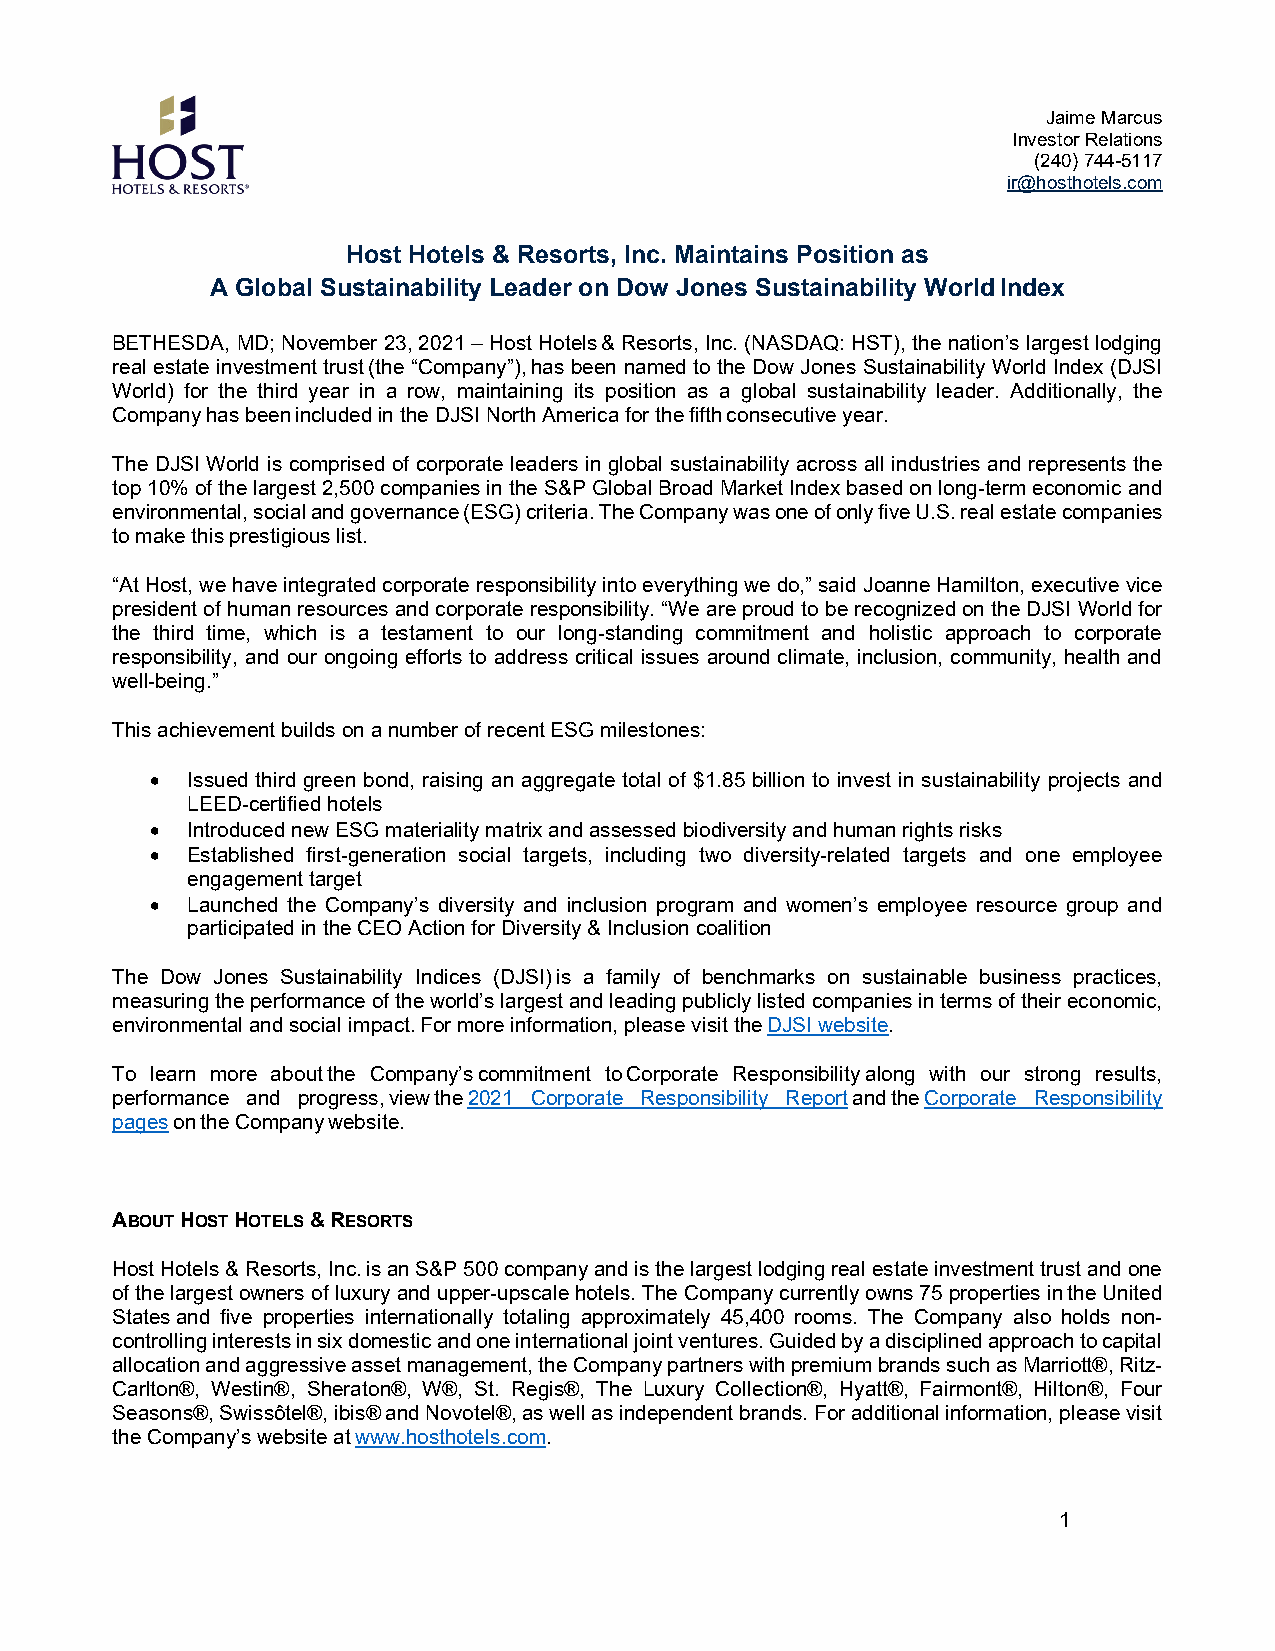
Jaime Marcus
 Investor Relations
 (240) 744-5117
 ir@hosthotels.com
 Host Hotels & Resorts, Inc. Maintains Position as
 A Global Sustainability Leader on Dow Jones Sustainability World Index
 BETHESDA, MD; November 23, 2021 – Host Hotels & Resorts, Inc. (NASDAQ: HST), the nation’s largest lodging
 real estate investment trust (the “Company”), has been named to the Dow Jones Sustainability World Index (DJSI
 World) for the third year in a row, maintaining its position as a global sustainability leader. Additionally, the
 Company has been included in the DJSI North America for the fifth consecutive year.
 The DJSI World is comprised of corporate leaders in global sustainability across all industries and represents the
 top 10% of the largest 2,500 companies in the S&P Global Broad Market Index based on long-term economic and
 environmental, social and governance (ESG) criteria. The Company was one of only five U.S. real estate companies
 to make this prestigious list.
 “At Host, we have integrated corporate responsibility into everything we do,” said Joanne Hamilton, executive vice
 president of human resources and corporate responsibility. “We are proud to be recognized on the DJSI World for
 the third time, which is a testament to our long-standing commitment and holistic approach to corporate
 responsibility, and our ongoing efforts to address critical issues around climate, inclusion, community, health and
 well-being.”
 This achievement builds on a number of recent ESG milestones:
 • Issued third green bond, raising an aggregate total of $1.85 billion to invest in sustainability projects and
 LEED-certified hotels
 • Introduced new ESG materiality matrix and assessed biodiversity and human rights risks
 • Established first-generation social targets, including two diversity-related targets and one employee
 engagement target
 • Launched the Company’s diversity and inclusion program and women’s employee resource group and
 participated in the CEO Action for Diversity & Inclusion coalition
 The Dow Jones Sustainability Indices (DJSI) is a family of benchmarks on sustainable business practices,
 measuring the performance of the world’s largest and leading publicly listed companies in terms of their economic,
 environmental and social impact. For more information, please visit the DJSI website.
 To learn more about the Company’s commitment to Corporate Responsibility along with our strong results,
 performance and progress, view the 2021 Corporate Responsibility Report and the Corporate Responsibility
 pages on the Company website.
 ABOUT HOST HOTELS & RESORTS
 Host Hotels & Resorts, Inc. is an S&P 500 company and is the largest lodging real estate investment trust and one
 of the largest owners of luxury and upper-upscale hotels. The Company currently owns 75 properties in the United
 States and five properties internationally totaling approximately 45,400 rooms. The Company also holds non-
 controlling interests in six domestic and one international joint ventures. Guided by a disciplined approach to capital
 allocation and aggressive asset management, the Company partners with premium brands such as Marriott®, Ritz-
 Carlton®, Westin®, Sheraton®, W®, St. Regis®, The Luxury Collection®, Hyatt®, Fairmont®, Hilton®, Four
 Seasons®, Swissôtel®, ibis® and Novotel®, as well as independent brands. For additional information, please visit
 the Company’s website at www.hosthotels.com.
 1